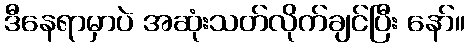
ဒီနေရာမှာပဲ အဆုံးသတ်လိုက်ချင်ပြီး နော်။